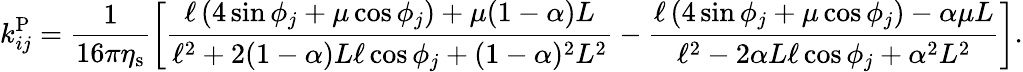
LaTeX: k_{ij}^{\mathrm{P}}=\frac{1}{16\pi\eta_{\mathrm{s}}}\left[\frac{\ell\left(4\sin\phi_{j}+\mu\cos\phi_{j}\right)+\mu(1-\alpha)L}{\ell^{2}+2(1-\alpha)L\ell\cos\phi_{j}+(1-\alpha)^{2}L^{2}}-\frac{\ell\left(4\sin\phi_{j}+\mu\cos\phi_{j}\right)-\alpha\mu L}{\ell^{2}-2\alpha L\ell\cos\phi_{j}+\alpha^{2}L^{2}}\right].